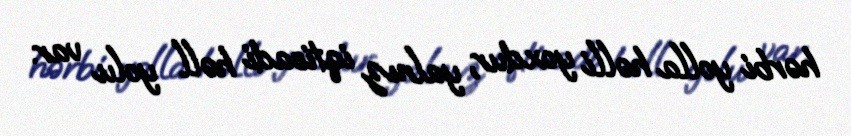
hərbi yolla həlli yoxdur, yalnız iqtisadi həll yolu var.